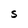
Character: S